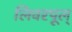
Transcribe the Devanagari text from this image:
लिवरपूल्